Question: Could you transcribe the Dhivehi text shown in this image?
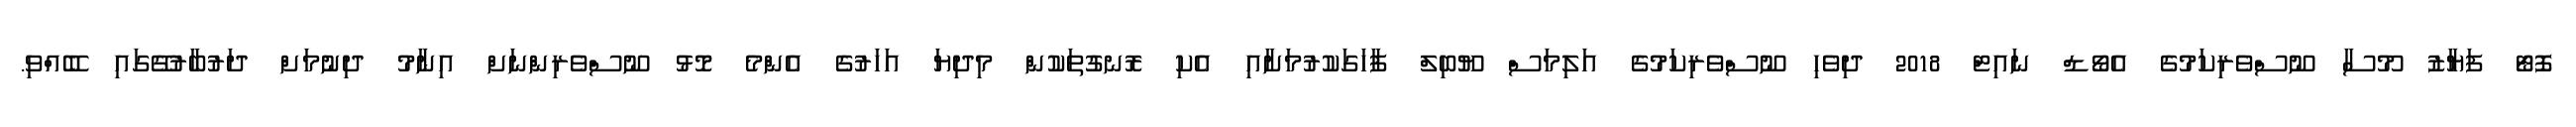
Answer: ފޮޓޯ ފަޔާޒު މޫސާ ނޫސްވެރިކަމުގެ އެވޯޑް ނައިޓް 2018 ދިވެހި ނޫސްވެރިކަމުގެ އަލިމަސް ޔޫބިލް ފާހަގަކުރުމަށާއި އެކި ރޮނގުތަކުން މިދިޔަ އަހަރުގެ އެންމެ މޮޅު ނޫސްވެރިންނަށް އިނާމު ދިނުމަށް ދަރުބާރުގޭގައި ބޭއްވި.